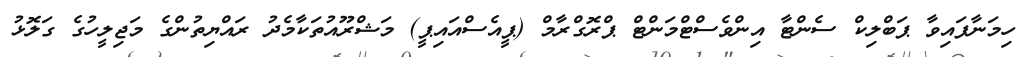
ހިމަނާފައިވާ ޕަބްލިކް ސެންޓާ އިންވެސްޓްމަންޓް ޕްރޮގްރާމް (ޕީއެސްއައިޕީ) މަޝްރޫއުތަކާމެދު ރައްޔިތުންގެ މަޖިލީހުގެ ގަލޮޅު